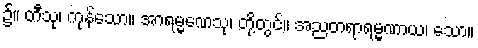
၌။ တီသု၊ ကုန်သော။ အာရမ္မဏေသု၊ တို့တွင်။ အညတရာရမ္မဏာယ၊ သော။